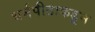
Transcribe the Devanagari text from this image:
धर्मपीठाकडून